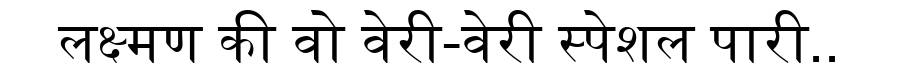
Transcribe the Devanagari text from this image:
लक्ष्मण की वो वेरी-वेरी स्पेशल पारी..